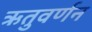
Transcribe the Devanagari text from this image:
ऋतुवर्णन